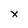
Character: X